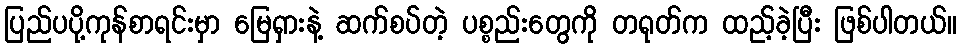
ပြည်ပပို့ကုန်စာရင်းမှာ မြေရှားနဲ့ ဆက်စပ်တဲ့ ပစ္စည်းတွေကို တရုတ်က ထည့်ခဲ့ပြီး ဖြစ်ပါတယ်။